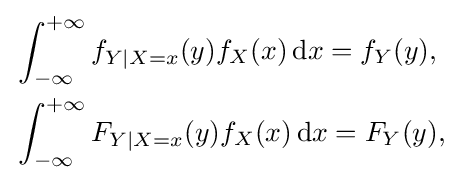
{\begin{aligned}&\int _{-\infty }^{+\infty }f_{Y|X=x}(y)f_{X}(x)\,\mathrm {d} x=f_{Y}(y),\\&\int _{-\infty }^{+\infty }F_{Y|X=x}(y)f_{X}(x)\,\mathrm {d} x=F_{Y}(y),\end{aligned}}